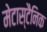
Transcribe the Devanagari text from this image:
मेटास्टैनिक